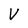
Character: V